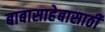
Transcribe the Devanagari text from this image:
बाबासाहेबासाठी